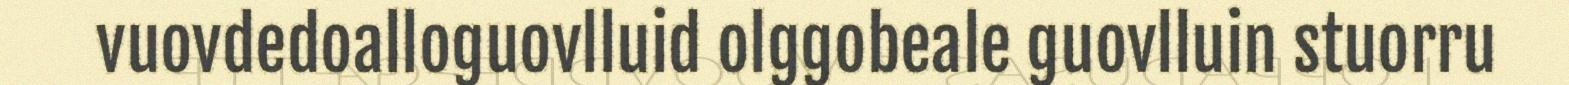
vuovdedoalloguovlluid olggobeale guovlluin stuorru